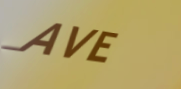
AVE